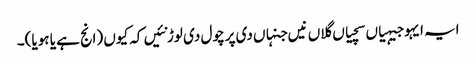
ایہ ایہو جیہیاں سچیاں گلاں نیں جنہاں دی پرچول دی لوڑ نئیں کہ کیوں (انج ہے یا ہویا)۔